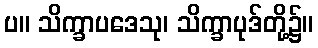
ပ။ သိက္ခာပဒေသု၊ သိက္ခာပုဒ်တို့၌။